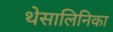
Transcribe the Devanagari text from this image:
थेसालिनिका